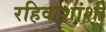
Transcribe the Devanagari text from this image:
रहिवाशांशी